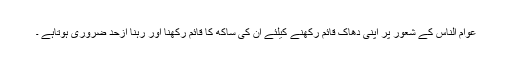
عوام الناس کے شعور پر اپنی دھاک قائم رکھنے کیلئے ان کی ساکھ کا قائم رکھنا اور رہنا ازحد ضروری ہوتاہے ۔